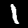
Digit: 1